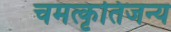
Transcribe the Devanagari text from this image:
चमत्कृतिजन्य